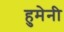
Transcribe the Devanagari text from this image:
हुमेनी